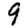
Digit: 9